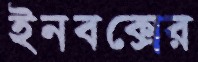
ইনবক্সের